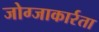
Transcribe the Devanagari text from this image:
जोग्जाकार्रता